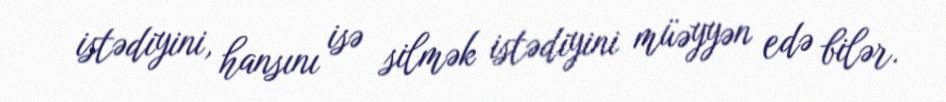
istədiyini, hansını isə silmək istədiyini müəyyən edə bilər.